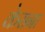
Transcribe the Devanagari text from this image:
केराना